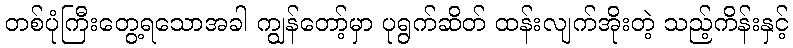
တစ်ပုံကြီးတွေ့ရသောအခါ ကျွန်တော့်မှာ ပုရွက်ဆိတ် ထန်းလျက်အိုးတဲ့ သည့်ကိန်းနှင့်